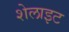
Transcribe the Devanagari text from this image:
शेलाइट